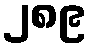
၂၈၉